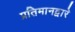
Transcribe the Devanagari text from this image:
प्रतिमानद्वारे